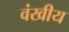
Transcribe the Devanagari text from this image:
वंखीय